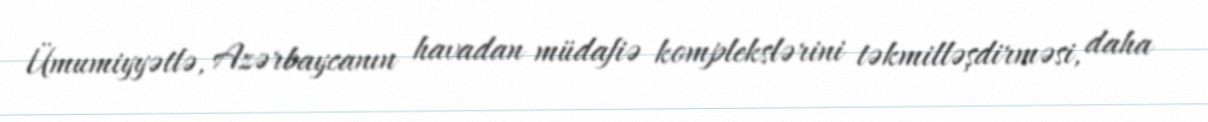
Ümumiyyətlə, Azərbaycanın havadan müdafiə komplekslərini təkmilləşdirməsi, daha